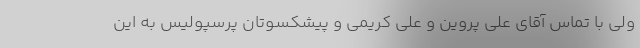
ولی با تماس آقای علی پروین و علی کریمی و پیشکسوتان پرسپولیس به این